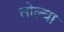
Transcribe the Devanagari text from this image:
तोल्बा